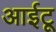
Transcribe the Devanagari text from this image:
आईटू